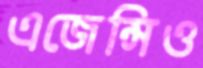
এজেন্সিও